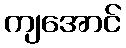
ကျအောင်